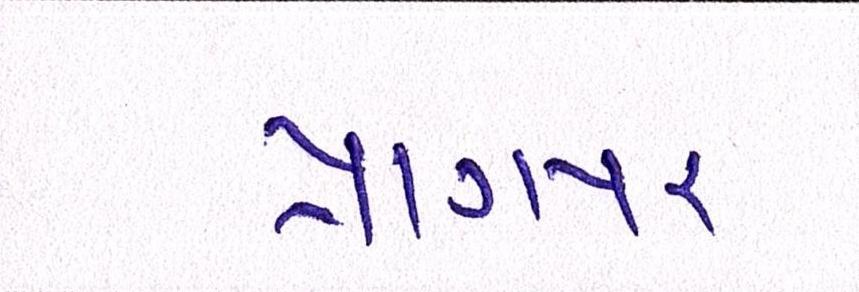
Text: પ્રાગપર